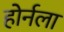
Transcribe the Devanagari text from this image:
होर्नला